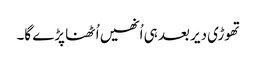
تھوڑی دیر بعد ہی اُنھیں اُٹھنا پڑے گا۔